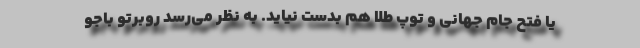
یا فتح جام جهانی و توپ طلا هم بدست نیاید. به نظر می‌رسد روبرتو باجو